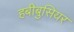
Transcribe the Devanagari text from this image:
हबीबुसियर